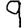
Digit: 9